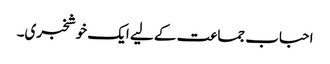
احباب جماعت کے لیے ایک خوشخبری۔